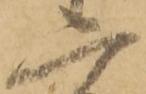
二